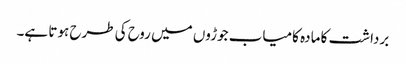
برداشت کا مادہ کامیاب جوڑوں میں روح کی طرح ہوتا ہے۔